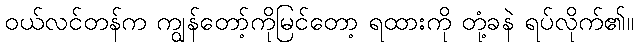
ဝယ်လင်တန်က ကျွန်တော့်ကိုမြင်တော့ ရထားကို တုံ့ခနဲ ရပ်လိုက်၏။